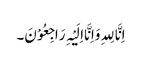
اِنَّا لِلہِ وَاِنَّا اِلَیْہِ رَاجِعُوْنَ۔